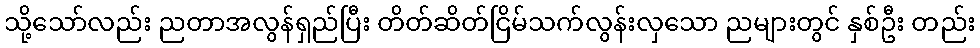
သို့သော်လည်း ညတာအလွန်ရှည်ပြီး တိတ်ဆိတ်ငြိမ်သက်လွန်းလှသော ညများတွင် နှစ်ဦး တည်း